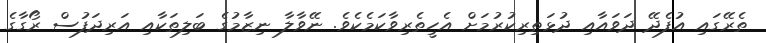
ތެރޭގައި އުފެދޭ ދަވައާއި ދުޅަތިރިކުރުމަށް އެހީތެރިވާކަމެކެވެ. ނޭވާލާ ނިޒާމުގެ ބަލިތަކާއި އަރިދަފުސް ރޯގާގެ